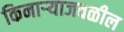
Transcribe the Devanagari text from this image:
किनाऱ्‍याजवळील